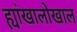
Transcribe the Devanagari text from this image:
ह्यांखालोखाल